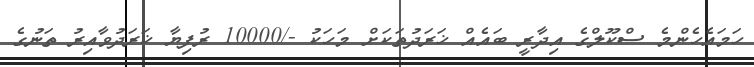
ހަމައެހެންމެ ސްކޫލްގެ އިދާރީ ބައެއް ޚަރަދުތަކަށް މަހަކު -/10000 ރުފިޔާ ޚަރަދުވާއިރު ތަނުގެ